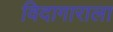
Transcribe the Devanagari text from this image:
विदागाराला